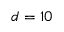
d = 1 0